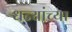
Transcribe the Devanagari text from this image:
धन्यांच्या